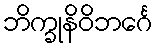
ဘိက္ခုနိဝိဘင်္ဂေ